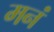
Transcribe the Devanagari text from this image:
मनं